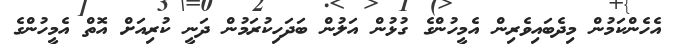
އެހެންކަމުން މިދެބައިވެރިން އެމީހުންގެ ގުޅުން އަލުން ބަދަހިކުރަމުން ދަނީ ކުރިއަށް އޮތް އެމީހުންގެ